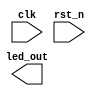
module pwmled(
    input wire clk,
    input wire rst_n,
    output wire led_out
);
parameter Delay24 = 24;
parameter Delay100 = 100;
    
wire delay_1us, delay_1ms, delay_1s;
reg pwm;
reg [5:0] cnt1;
reg [10:0] cnt2, cnt3;
reg display_state;


//1us
always @(posedge clk or negedge rst_n)begin
    if(!rst_n)
        cnt1 <= 6'b0;
    else if(cnt1 == DELAY24 - 1'b1)
        cnt1 <= 6'b0;
    else
        cnt1 <= cnt1 + 1'b1;
end
assign delay_1us = (cnt1 == DELAY24 - 1'b1)? 1'b1:1'b0;

//1ms
always @(posedge clk or negedge rst_n)begin
    if(!rst_n)
        cnt2 <= 10'b0;
    else if(delay_1us == 1'b1)begin
    if(cnt2 == DELAY1000 - 1'b1)
        cnt2 <= 10'b0;
    else
        cnt2 <= cnt2 + 1'b1;
    end
    else
        cnt2 <= cnt2;
end
assign delay_1ms = ((delay_1us == 1'b1) && (cnt2 == DELAY1000 - 1'b1))?
1'b1:1'b0;


always @(posedge clk or negedge rst_n)begin
    if(!rst_n)
        display_state <= 1'b0;
    else if(delay_1ms)//每1ms切换一次led灯显示状态
        display_state <= ~display_state;
    else
        display_state <= display_state;
end





endmodule